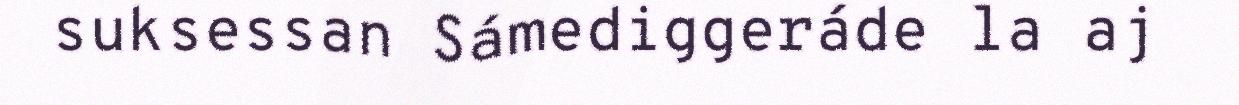
suksessan Sámediggeráde la aj